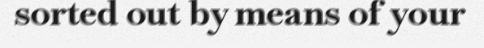
sorted out by means of your